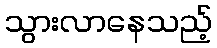
သွားလာနေသည့်